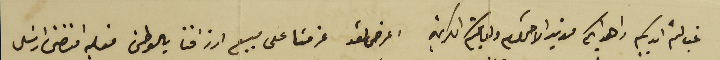
غب لثم ايديكم واهديكم مزيد الاحترام ولعايلتكم الكريمة اعرض لقد عزمنا على بيع ارزاقنا بالوطن فعليه اقتضى ارسَال